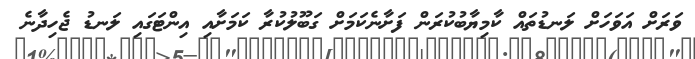
ވަރަށް އަވަހަށް ލަނޑުތައް ކާމިޔާބުކުރަން ފަށާނެކަމަށް ގަބޫލުކުރާ ކަމަށާއި އިންޓަގައި ލަނޑު ޖެހިދާނެ